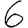
Digit: 6